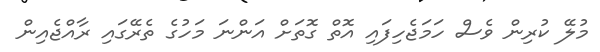
މުލޭ ކުރިން ވެސް ހަމަޖެހިފައި އޮތް ގޮތަށް އަންނަ މަހުގެ ތެރޭގައި ރާއްޖެއިން